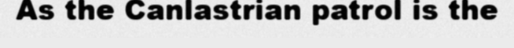
As the Canlastrian patrol is the